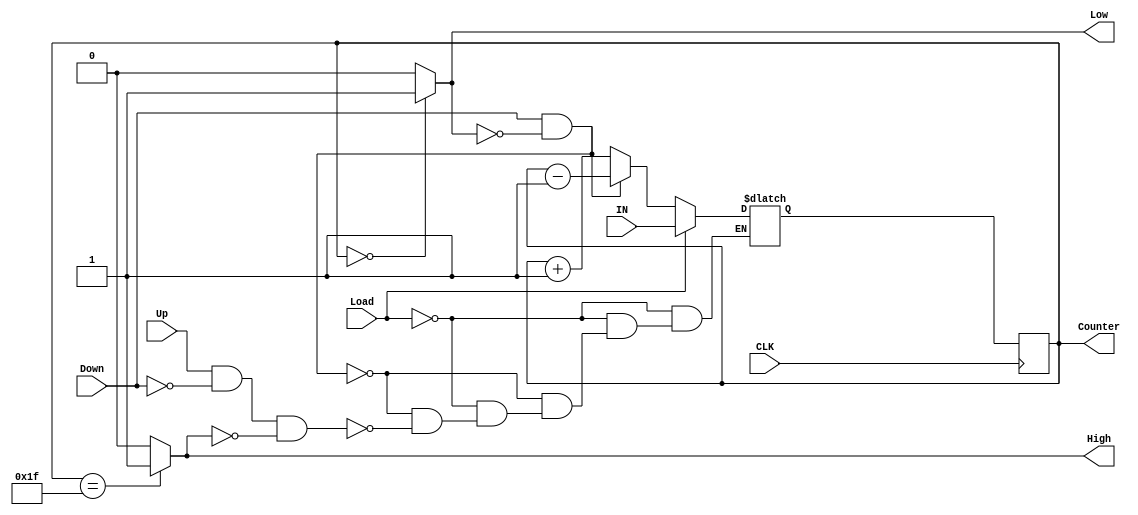
module Up_Dn_Counter (
    input wire  CLK, Up, Down, Load,
    input wire [4:0] IN,
    output reg [4:0] Counter,
    output High, Low
);
    // internal signals
    reg [4:0] Counter_comb;
    // combinational 
    always @(*) begin
        if (Load)
          Counter_comb = IN;
        else if (Down && ~Low)
          Counter_comb = Counter - 1;
        else if (Up && ~Down && ~High)
          Counter_comb = Counter + 1;
    end
    // sequintial
    always @(posedge CLK) begin
        Counter <= Counter_comb;
    end
    // output flags
    assign High = (Counter == 5'd31) ? 1'b1 : 1'b0;
    assign Low = (Counter == 5'd0) ? 1'b1 : 1'b0;
endmodule